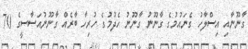
ގާނޫނާއި އިސްލާހު ގެނައުމުގެ ގާނޫނު ގާނޫނު ހެދުމުގެ ހުރިހާ ބާރެއް ގާނޫނުއަސާސީގެ 70